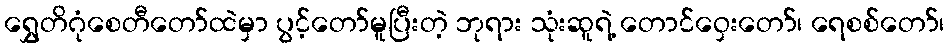
ရွှေတိဂုံစေတီတော်ထဲမှာ ပွင့်တော်မူပြီးတဲ့ ဘုရား သုံးဆူရဲ့ တောင်ဝှေးတော်၊ ရေစစ်တော်၊